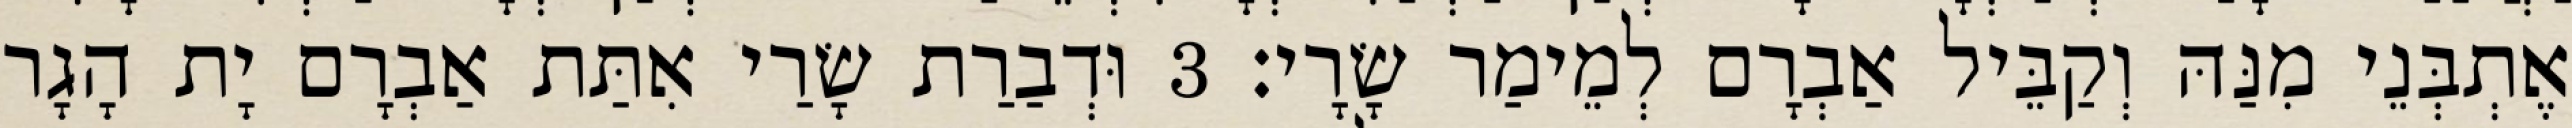
אֶתְבְּנֵי מִנַּהּ וְקַבֵּיל אַבְרָם לְמֵימַר שָׂרָי׃ 3 וּדְבַרַת שָׂרַי אִתַּת אַבְרָם יָת הָגָר